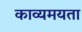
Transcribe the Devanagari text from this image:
काव्यमयता